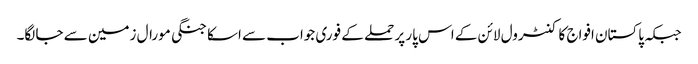
جبکہ پاکستان افواج کا کنٹرول لائن کے اس پار پر حملے کے فوری جواب سے اسکا جنگی مورال زمین سے جا لگا۔